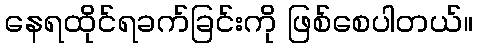
နေရထိုင်ရခက်ခြင်းကို ဖြစ်စေပါတယ်။